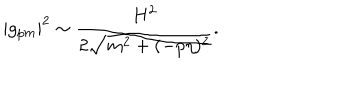
LaTeX: | g _ { p m } | ^ { 2 } \sim \frac { H ^ { 2 } } { 2 \sqrt { m ^ { 2 } + ( - p \eta ) ^ { 2 } } } .